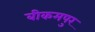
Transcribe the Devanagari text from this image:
बीकमपुर